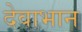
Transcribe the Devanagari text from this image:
देवाभान